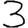
Digit: 3